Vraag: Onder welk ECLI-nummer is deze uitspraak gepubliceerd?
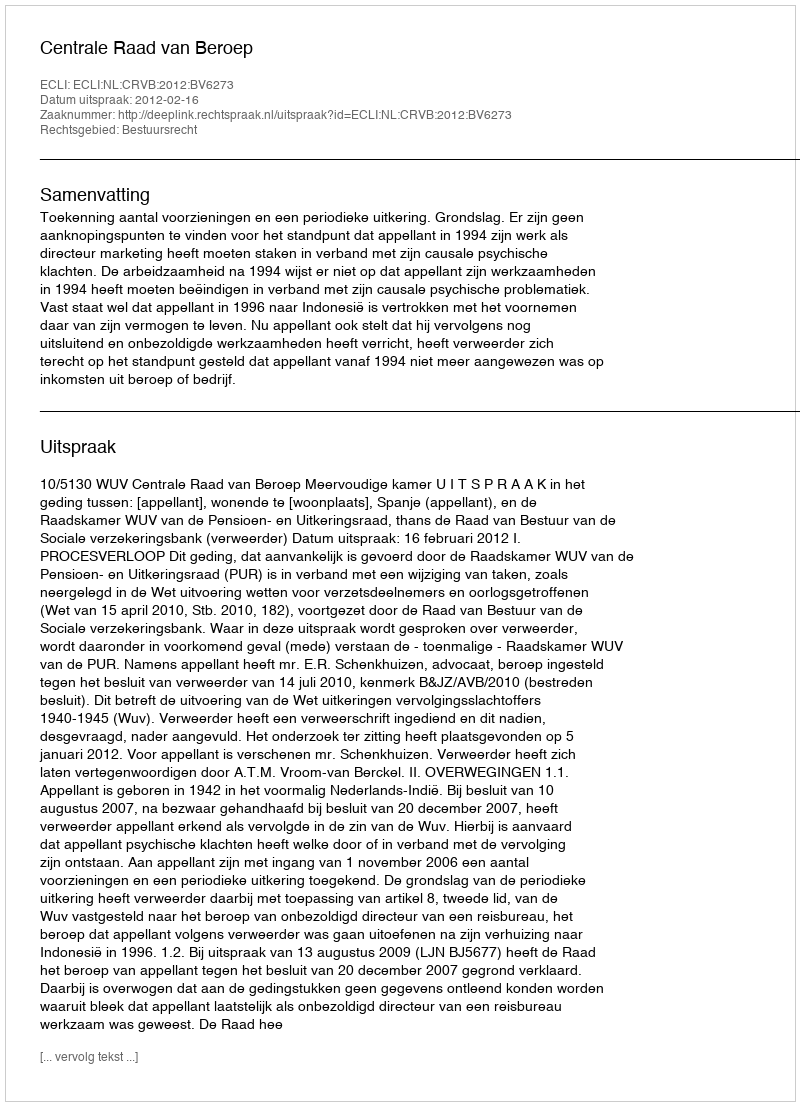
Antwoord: ECLI:NL:CRVB:2012:BV6273